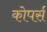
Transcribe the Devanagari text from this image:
कोपर्स